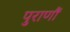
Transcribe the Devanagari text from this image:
पुराणौं